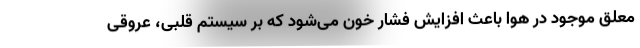
معلق موجود در هوا باعث افزایش فشار خون می‌شود که بر سیستم قلبی، عروقی